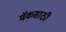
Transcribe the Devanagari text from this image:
मॅकसाठी